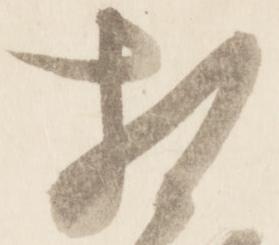
相